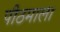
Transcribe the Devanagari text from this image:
पीठमाला